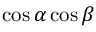
\cos \alpha \cos \beta